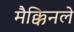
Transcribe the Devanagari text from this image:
मैक्किनले